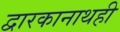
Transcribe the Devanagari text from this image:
द्वारकानाथही